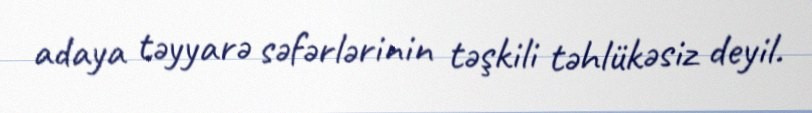
adaya təyyarə səfərlərinin təşkili təhlükəsiz deyil.